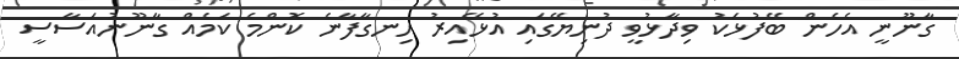
ގާނޫނީ އެހެން ބޭފުޅަކު ވިދާޅުވީ ދުނިޔޭގައި އުޅޭއިރު ހިނގާފާނެ ކޮންމެ ކަމެއް ގާނޫނުއަސާސީ